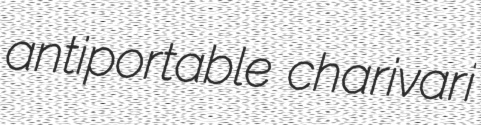
antiportable charivari